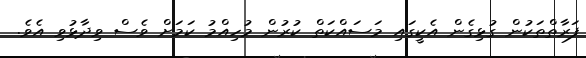
ފަރާތްތަކުން ގުޅިގެން އެކީގައި މަސައްކަތް ކުރުން މުހިއްމު ކަމަށް ވެސް ވިދާޅުވި އެވެ.